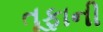
તૂફાની